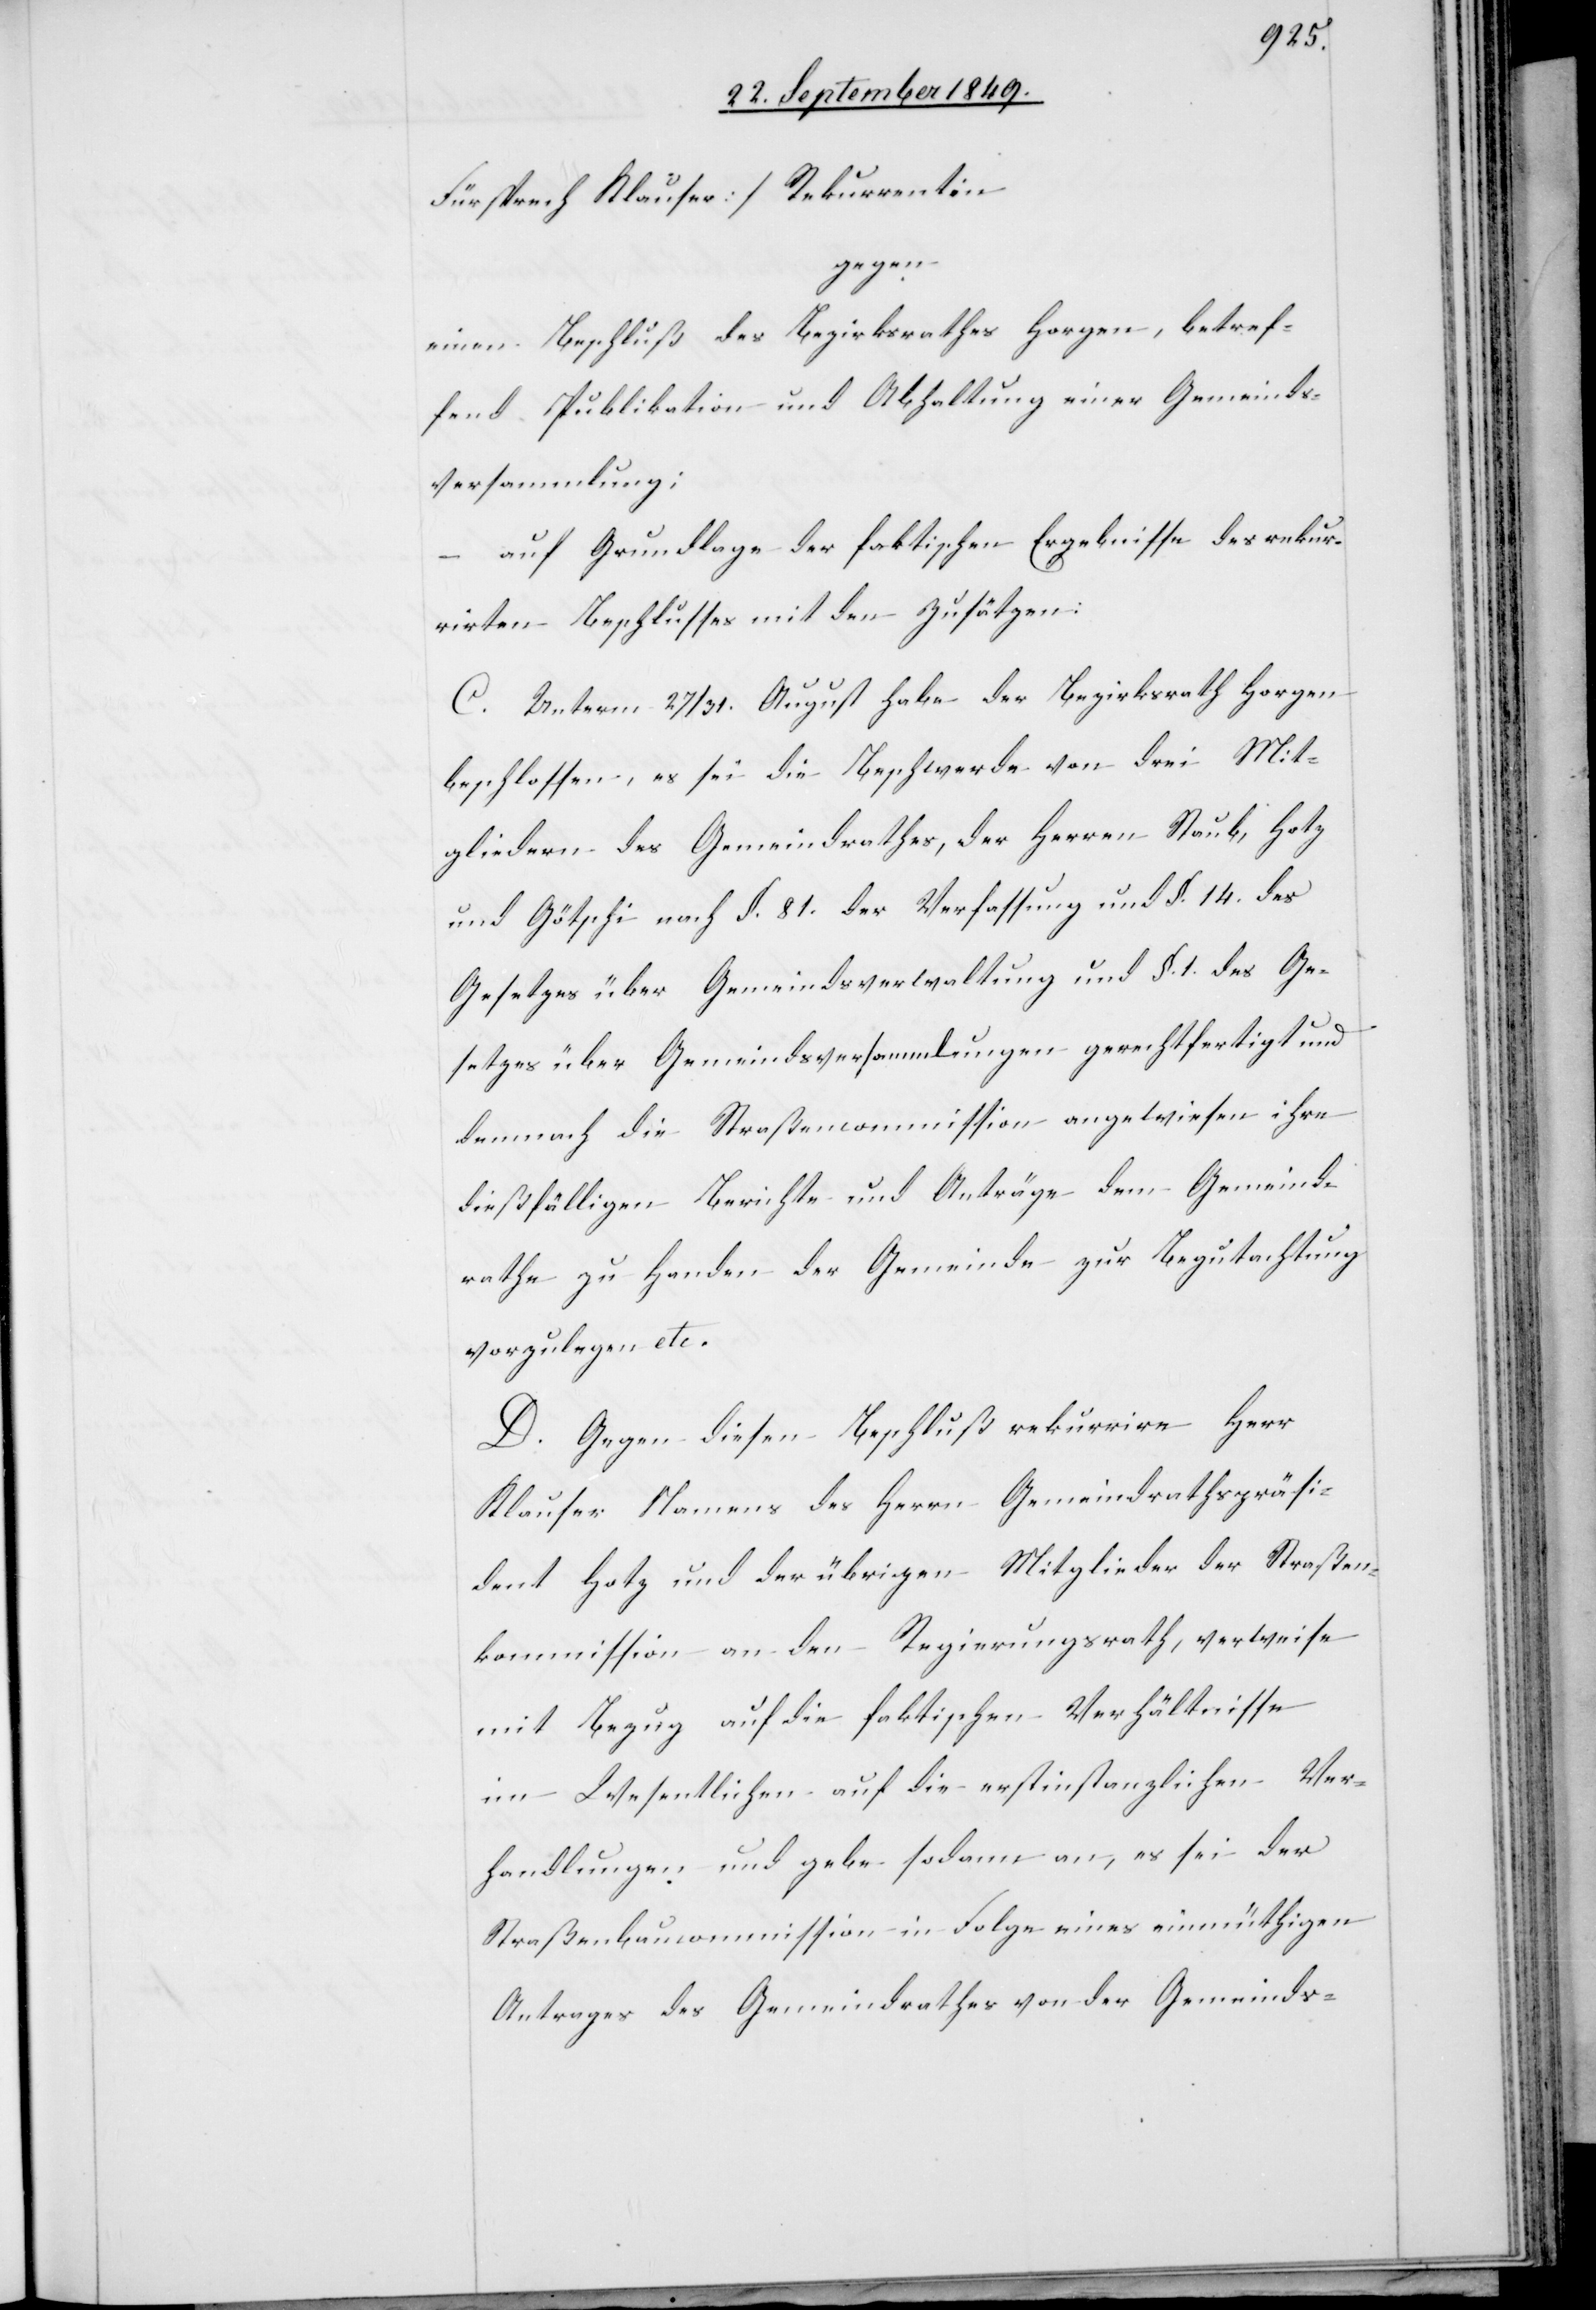
Fürsprech Klauser] Rekurrentin
gegen
einen Beschluß des Bezirksrathes Horgen, betref¬
fend Publikation und Abhaltung einer Gemeinds¬
versammlung:
auf Grundlage der faktischen Ergebnisse des rekur¬
rirten Beschluss mit den Zusätzen:
C. Unterm 27/31. August habe der Bezirksrath Horgen
beschlossen, es sei die Beschwerde von drei Mit¬
gliedern des Gemeindrathes, der Herren Staub, Hotz
und Götschi nach §. 81. der Verfassung und §. 14. des
Gesetzes über Gemeindsverwaltung und §. 1. des Ge¬
setzes über Gemeindsversammlungen gerechtfertigt und
demnach die Straßencommission angewiesen ihre
dießfälligen Berichte und Anträge dem Gemeind¬
rathe zu Handen der Gemeinde zur Begutachtung
vorzulegen etc.
D. Gegen diesen Beschluß rekurrire Herr
Klauser Namens des Herrn Gemeindrathspräsi¬
dent Hotz und der übrigen Mitglieder der Straßen¬
kommission an den Regierungsrath, verweise
mit Bezug auf die faktischen Verhältnisse
im Wesentlichen auf die erstinstanzlichen Ver¬
handlungen und gebe sodann an, es sei der
Straßenbaucommission in Folge eines einmüthigen
Antrages des Gemeindrathes von der Gemeinds-